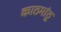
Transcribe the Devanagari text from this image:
काठमांठू